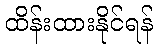
ထိန်းထားနိုင်ရန်